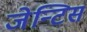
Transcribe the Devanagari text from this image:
जेन्टिस